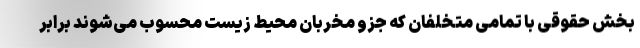
بخش حقوقی با تمامی متخلفان که جزو مخربان محیط زیست محسوب می‌شوند برابر